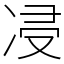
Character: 㓎